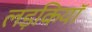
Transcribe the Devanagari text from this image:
लड़कियाॅ